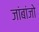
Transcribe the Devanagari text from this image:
जांबांजो